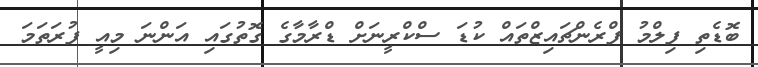
ބޮޑެތި ފިލްމު ފްރެންޗައިޒްތައް ކުޑަ ސްކްރީނަށް ޑްރާމާގެ ގޮތުގައި އަންނަ މިއީ ފުރަތަމަ